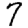
Digit: 7